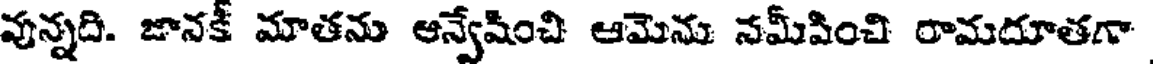
వున్నది. జానకీ మాతను ఆన్వేషించి ఆమెను నమీపించి రామదూతగా